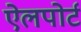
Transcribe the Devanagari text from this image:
ऐलपोर्ट